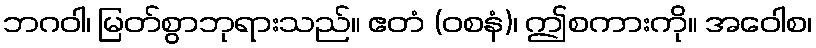
ဘဂဝါ၊ မြတ်စွာဘုရားသည်။ ဧတံ (ဝစနံ)၊ ဤစကားကို။ အဝေါစ၊